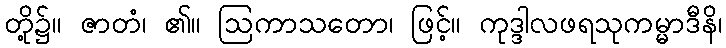
တို့၌။ ဇာတံ၊ ၏။ ဩကာသတော၊ ဖြင့်။ ကုဒ္ဒါလဖရသုကမ္မာဒီနိ၊